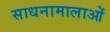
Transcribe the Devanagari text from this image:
साधनामालाओं